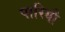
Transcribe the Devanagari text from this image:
पारियौ